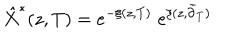
\hat { X } ^ { \ast } ( z , T ) = e ^ { - \xi ( z , T ) } \; e ^ { \xi ( z , \tilde { \partial } _ { T } ) }